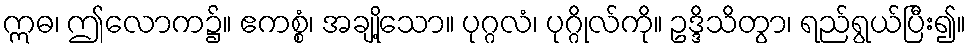
ဣဓ၊ ဤလောက၌။ ဧကစ္စံ၊ အချို့သော။ ပုဂ္ဂလံ၊ ပုဂ္ဂိုလ်ကို။ ဥဒ္ဒိသိတွာ၊ ရည်ရွယ်ပြီး၍။